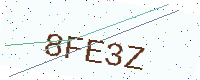
Text: 8FE3Z